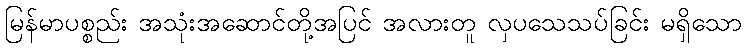
မြန်မာပစ္စည်း အသုံးအဆောင်တို့အပြင် အလားတူ လှပသေသပ်ခြင်း မရှိသော